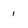
Character: 1